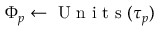
{ \Phi _ { p } } \gets \mathrm { ~ U ~ n ~ i ~ t ~ s ~ } ( { \tau _ { p } } )